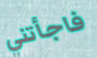
فاجأتني